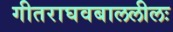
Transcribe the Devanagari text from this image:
गीतराघवबाललीलः